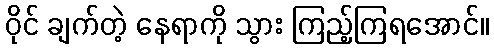
ဝိုင် ချက်တဲ့ နေရာကို သွား ကြည့်ကြရအောင်။